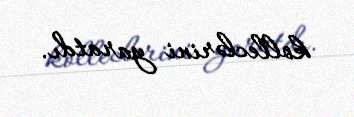
kolleclərini yaratdı.